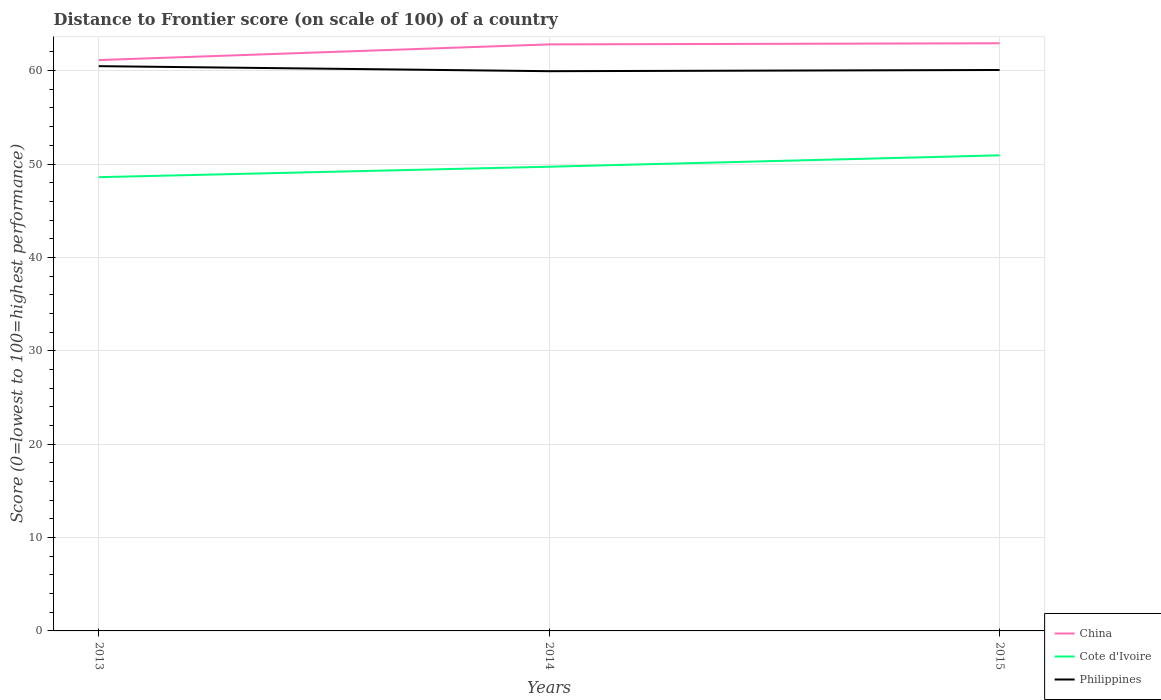
| Years | China | Cote d'Ivoire | Philippines |
 | --- | --- | --- | --- |
 | 2013 | 61.1 | 48.6 | 60.5 |
 | 2014 | 62.8 | 49.7 | 59.9 |
 | 2015 | 62.9 | 50.9 | 60.1 |